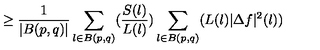
\geq \frac { 1 } { | B ( p , q ) | } \sum _ { l \in B ( p , q ) } ( \frac { S ( l ) } { L ( l ) } ) \sum _ { l \in B ( p , q ) } ( L ( l ) | \Delta f | ^ { 2 } ( l ) )